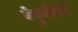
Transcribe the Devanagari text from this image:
वेणुजीविनी